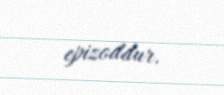
epizoddur.